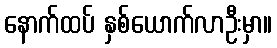
နောက်ထပ် နှစ်ယောက်လာဦးမှာ။